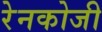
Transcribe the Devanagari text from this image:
रेनकोजी